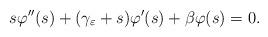
LaTeX: \begin{align*} s \varphi''(s) + (\gamma_{\varepsilon}+s)\varphi'(s) + \beta \varphi(s) = 0. \end{align*}